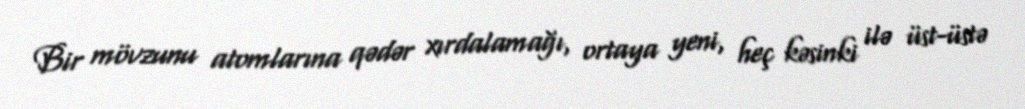
Bir mövzunu atomlarına qədər xırdalamağı, ortaya yeni, heç kəsinki ilə üst-üstə